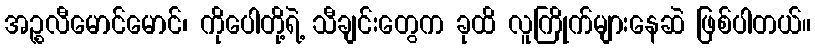
အဉ္စလီမောင်မောင်၊ ကိုပေါတို့ရဲ့ သီချင်းတွေက ခုထိ လူကြိုက်များနေဆဲ ဖြစ်ပါတယ်။